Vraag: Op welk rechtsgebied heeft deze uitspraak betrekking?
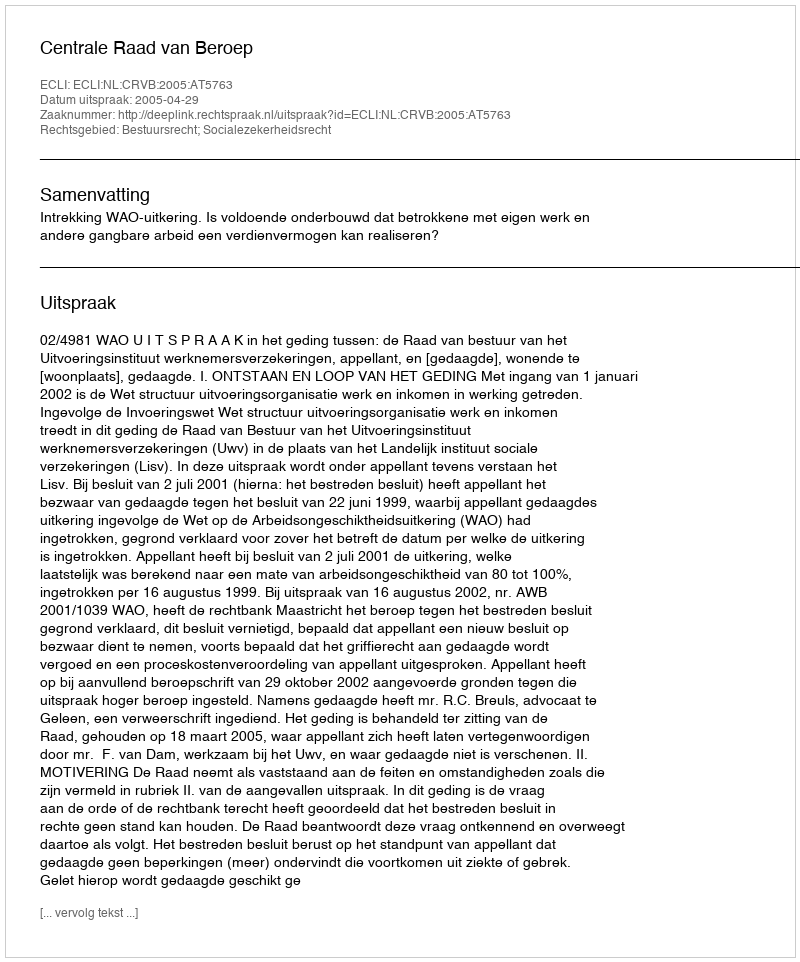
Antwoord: Bestuursrecht; Socialezekerheidsrecht